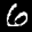
Label: 6